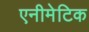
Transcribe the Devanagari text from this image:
एनीमेटिक